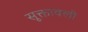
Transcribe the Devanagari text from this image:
सूक्तावली